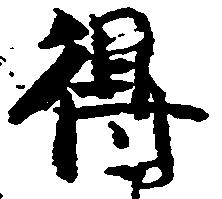
得